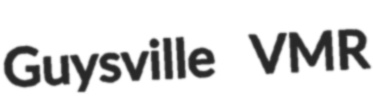
Guysville VMR